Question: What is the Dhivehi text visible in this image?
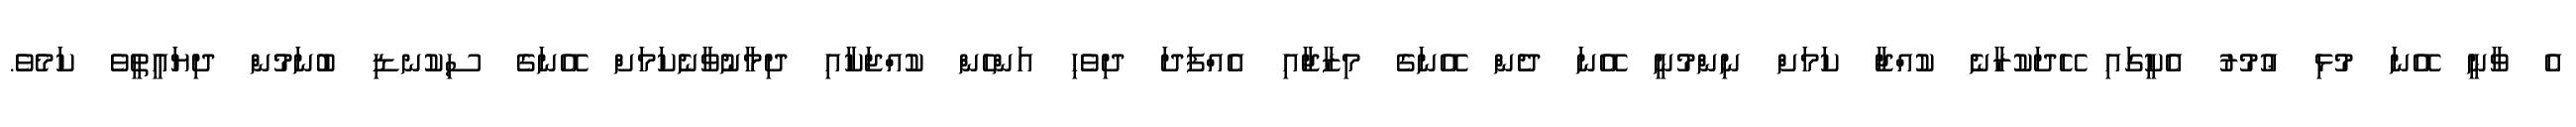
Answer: އެ ވާނީ އޭނަ މުޅި ޢުމުރު އެކީގައި ހޭދަކުރާނެ ކުއްޖާ ކަމަށް ނިންމުނީ އޭނަ ދެން އޭނަގެ މިޒާޖާއި އެއްފަދަ ދިވެހި އަންހެން ކުއްޖަކާއި ދިމާނުވާނެކަމަށް އޭނަގެ ސިކުނޑި ބުނަމުން ދިޔައީތީވެ ކަމެވެ.